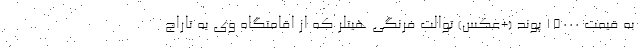
به قیمت 15000 پوند (+عکس) توالت فرنگی هیتلر که از اقامتگاه وی به تاراج